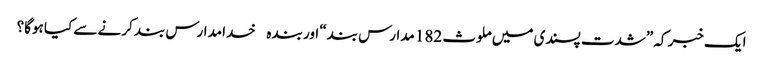
ایک خبر کہ ”شدت پسندی میں ملوث 182 مدارس بند“ اور بندہ خدا مدارس بند کرنے سے کیا ہوگا؟